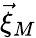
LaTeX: \vec{\xi}_{M}